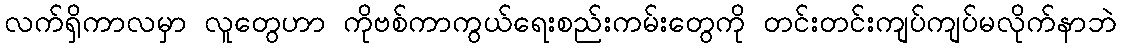
လက်ရှိကာလမှာ လူတွေဟာ ကိုဗစ်ကာကွယ်ရေးစည်းကမ်းတွေကို တင်းတင်းကျပ်ကျပ်မလိုက်နာဘဲ